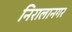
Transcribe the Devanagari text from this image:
निरालानगर